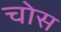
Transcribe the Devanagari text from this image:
चोस